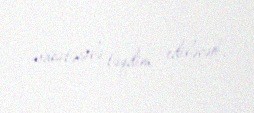
vasitəsilə təqdim ediləcək.